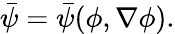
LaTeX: \begin{array}{r}{\bar{\psi}=\bar{\psi}(\phi,\nabla\phi).}\end{array}